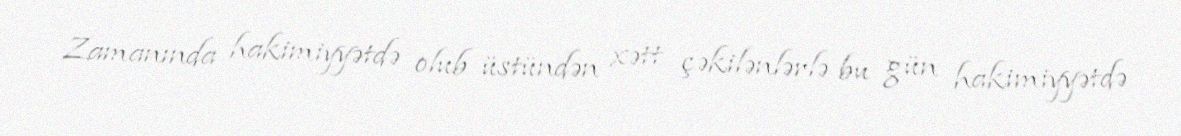
Zamanında hakimiyyətdə olub üstündən xətt çəkilənlərlə bu gün hakimiyyətdə